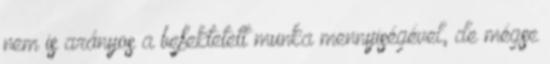
nem is arányos a befektetett munka mennyiségével, de mégse